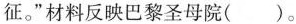
征。”材料反映巴黎圣母院( )。